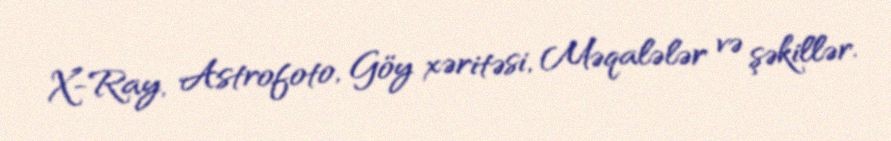
X-Ray, Astrofoto, Göy xəritəsi, Məqalələr və şəkillər.